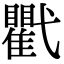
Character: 𢎖